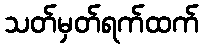
သတ်မှတ်ရက်ထက်